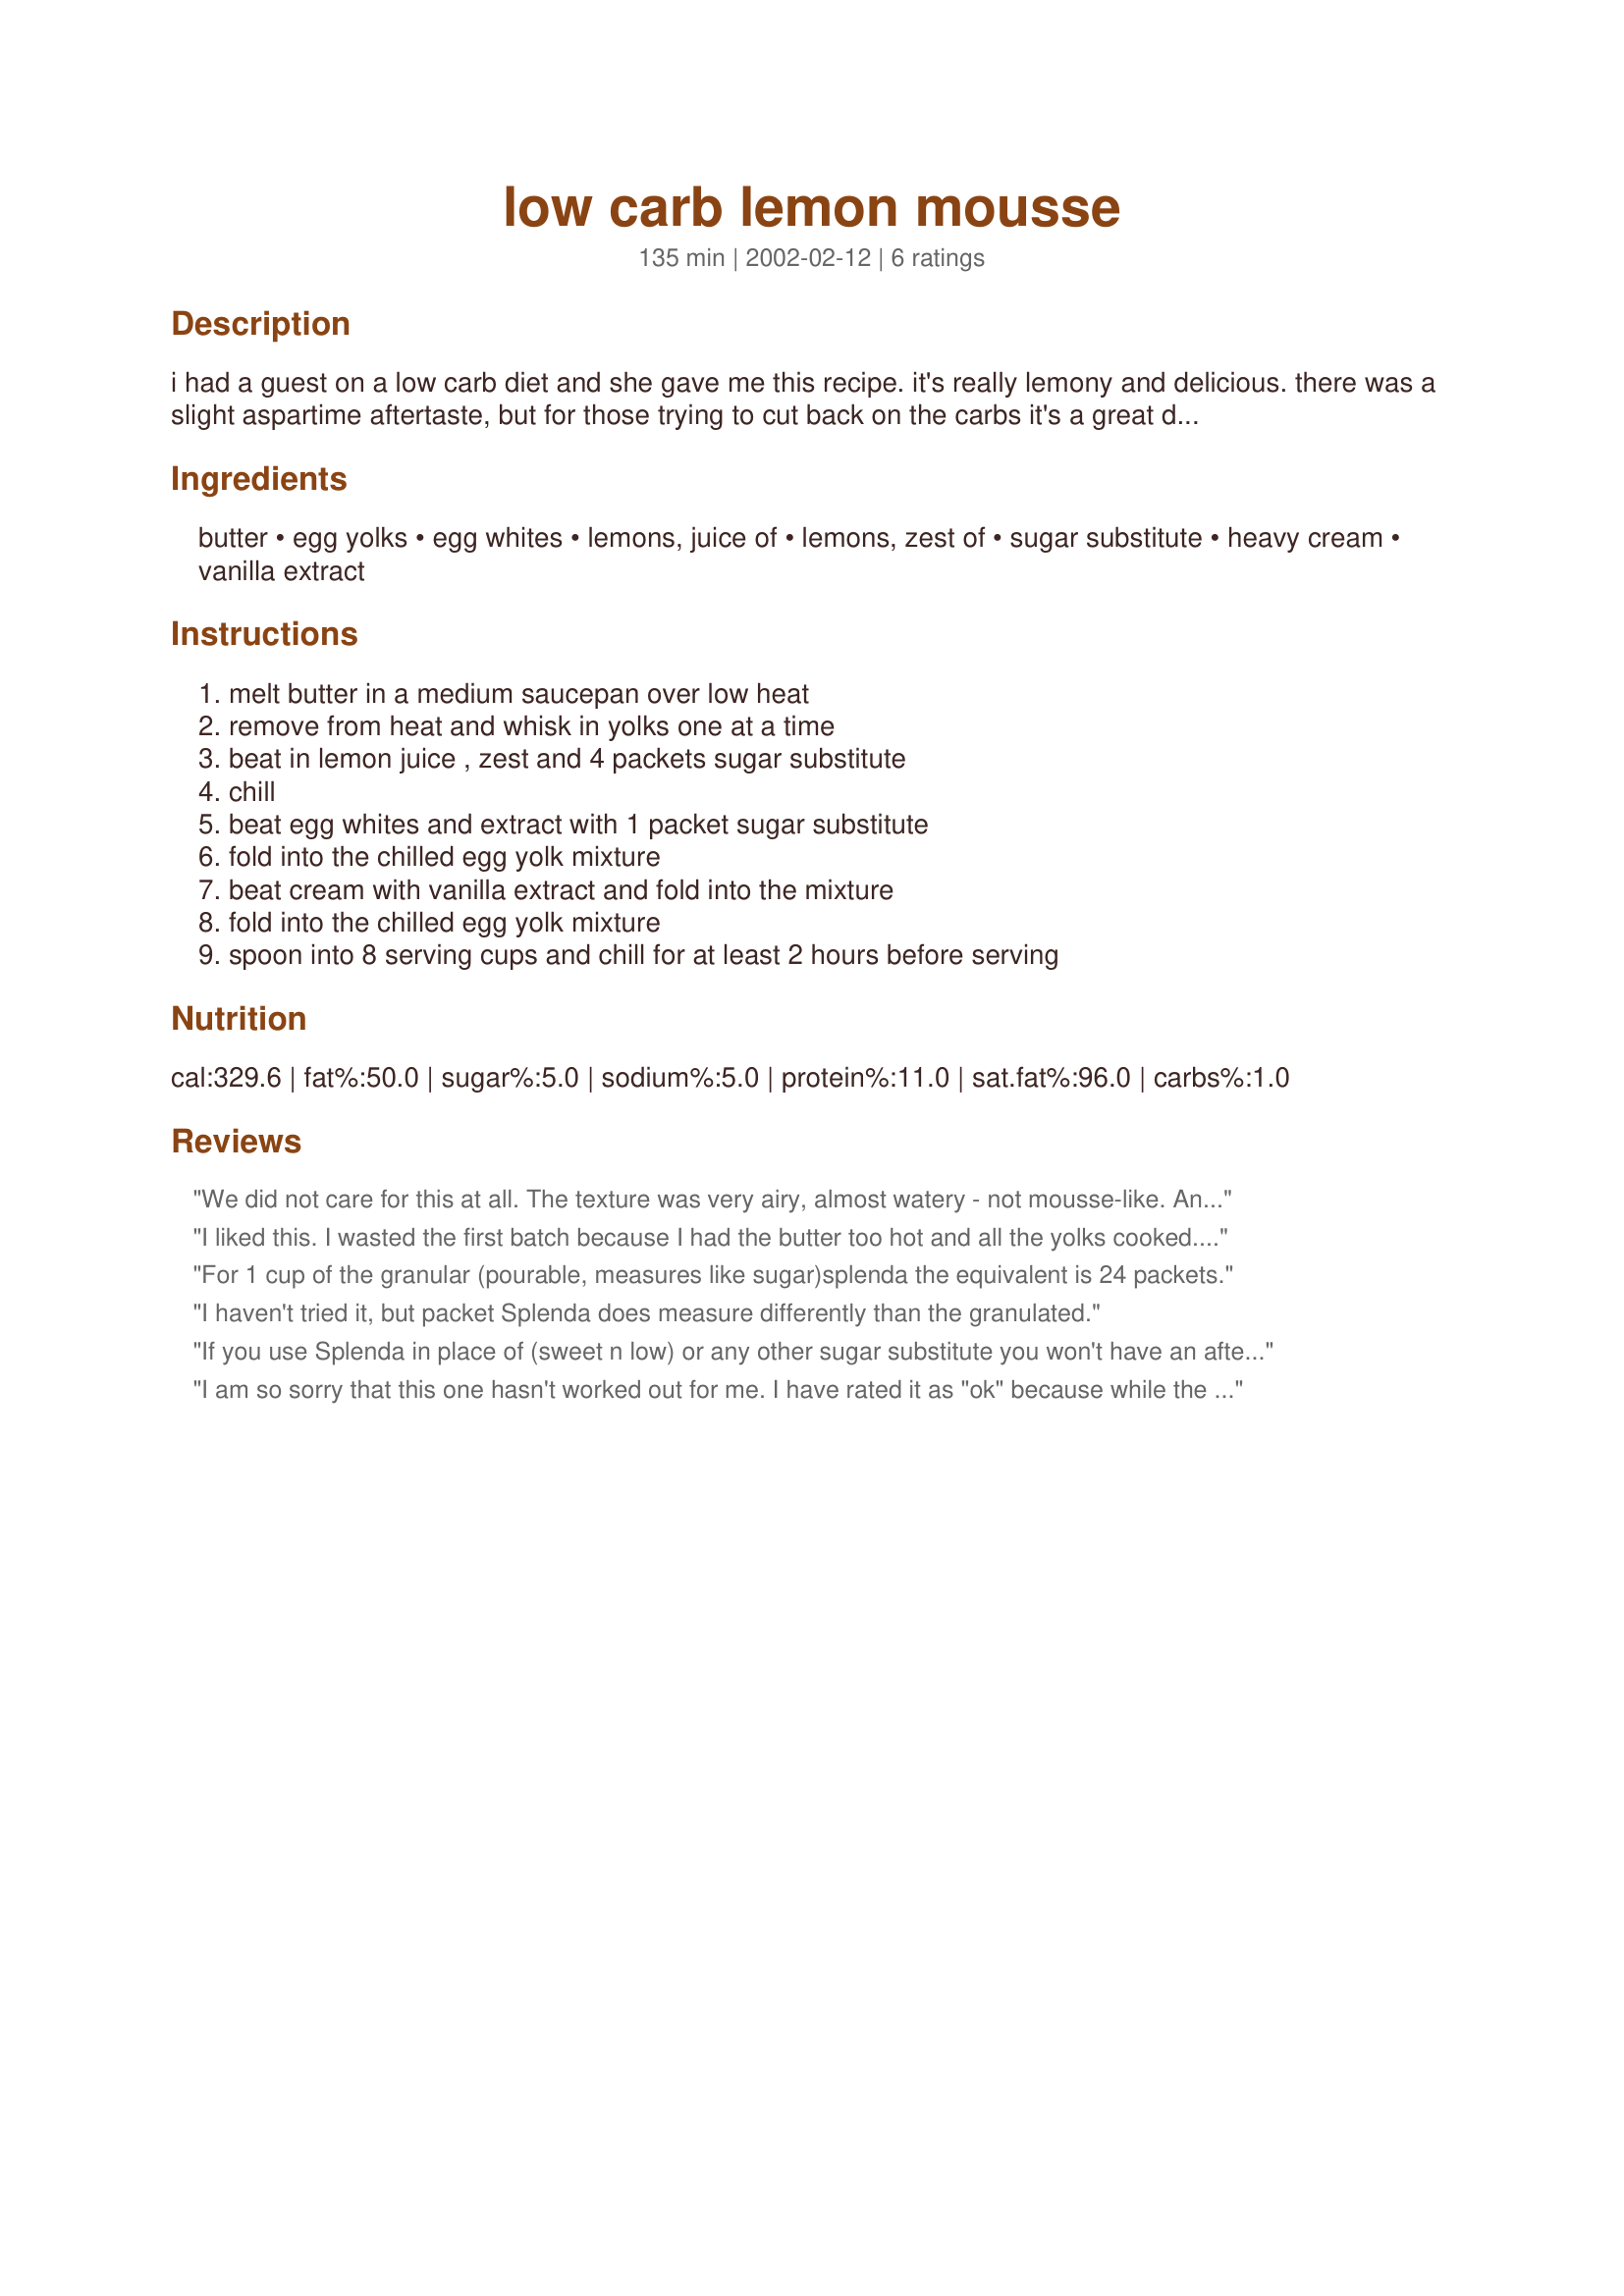
low carb lemon mousse
Preparation time: 135 minutes

i had a guest on a low carb diet and she gave me this recipe. it's really lemony and delicious. there was a slight aspartime aftertaste, but for those trying to cut back on the carbs it's a great dessert! prep time includes chilling.

Ingredients:
butter, egg yolks, egg whites, lemons, juice of, lemons, zest of, sugar substitute, heavy cream, vanilla extract

Steps:
melt butter in a medium saucepan over low heat, remove from heat and whisk in yolks one at a time, beat in lemon juice , zest and 4 packets sugar substitute, chill, beat egg whites and extract with 1 packet sugar substitute, fold into the chilled egg yolk mixture, beat cream with vanilla extract and fold into the mixture, fold into the chilled egg yolk mixture, spoon into 8 serving cups and chill for at least 2 hours before serving

Reviews:
We did not care for this at all. The texture was very airy, almost watery - not mousse-like. And the egg flavor was too strong. The directions also seem incomplete or contain errors (the extract is listed to add with the egg white and with the cream).
I liked this. I wasted the first batch because I had the butter too hot and all the yolks cooked. My fault.
So I tried again and had the butter just warm. I made some for the fridge and the other I put in paper cups and froze. They taste like ice cream (put a squirt of canned whipped cream on it for more sweetness). It made a lot. Liked it frozen much more. Thanks
For 1 cup of the granular (pourable, measures like sugar)splenda the equivalent is 24 packets.
I haven't tried it, but packet Splenda does measure differently than the granulated.
If you use Splenda in place of (sweet n low) or any other sugar substitute you won't have an after taste, Splenda is used for baking and has less than 1 gram of Carb per tsp.
I am so sorry that this one hasn't worked out for me. I have rated it as "ok" because while the end result was a fluffy wonderful lemon dessert, the taste of the sugar substitute (Splenda in my case) was rather too overpowering for me to persevere very long into the delectible looking glass. This IS my very first time of using Splenda in powder form... I have used the little tablets of it before with success in recipes.. did I maybe assume wrong that 1 packet = 1 teaspoon powder Splenda and that's maybe what went wrong? or ?... I honestly don't know. It's a pity becuase the lemon was nice and the texture was wonderful after setting in the fridge overnight. Please see my rating system: 2 stars only because I couldn't get around the Splenda taste... maybe that's just me? Please don't be put off my my review, especially since another mentions that Splenda shouldn't have an aftertaste at all. I'm no expert to know so please decide for yourself. I enjoyed very much to at least try for a lower carb dessert. Thanks!
